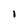
Character: l